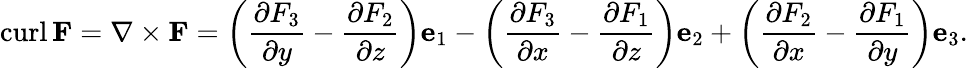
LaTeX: \operatorname{curl}\mathbf{F}=\nabla\times\mathbf{F}=\left({\frac{\partial F_{3}}{\partial y}}-{\frac{\partial F_{2}}{\partial z}}\right)\mathbf{e}_{1}-\left({\frac{\partial F_{3}}{\partial x}}-{\frac{\partial F_{1}}{\partial z}}\right)\mathbf{e}_{2}+\left({\frac{\partial F_{2}}{\partial x}}-{\frac{\partial F_{1}}{\partial y}}\right)\mathbf{e}_{3}.